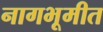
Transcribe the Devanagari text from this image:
नागभूमीत